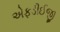
એફડીઈજી